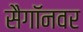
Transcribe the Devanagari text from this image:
सैगॉनवर